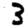
Digit: 3